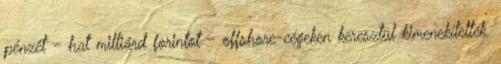
pénzét - hat milliárd forintot - offshore-cégeken keresztül kimenekítették.